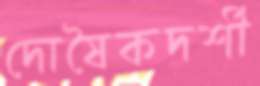
দোষৈকদর্শী